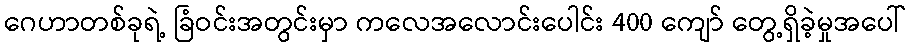
ဂေဟာတစ်ခုရဲ့ ခြံဝင်းအတွင်းမှာ ကလေအလောင်းပေါင်း 400 ကျော် တွေ့ရှိခဲ့မှုအပေါ်